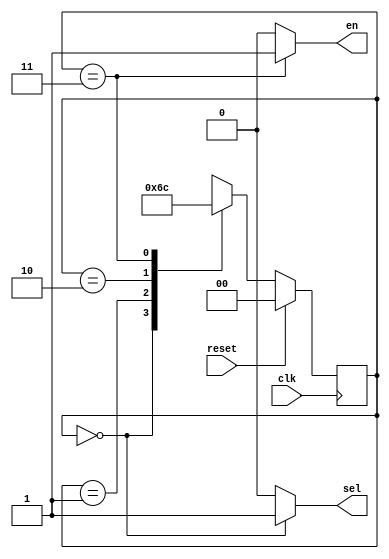
`timescale 1ns / 1ps
//////////////////////////////////////////////////////////////////////////////////
// Company: 
// Engineer: 
// 
// Design Name: 
// Module Name: Acc_CRT
// Project Name: 
// Target Devices: 
// Tool Versions: 
// Description: 
// 
// Dependencies: 
// 
// Revision:
// Revision 0.01 - File Created
// Additional Comments:
// 
//////////////////////////////////////////////////////////////////////////////////


module Acc_CRT(
input clk,
input reset,
output sel,
output en
    );
    
    reg [1:0]curr_state, nxt_state;
    parameter s0= 2'b00;
    parameter s1= 2'b01;
    parameter s2= 2'b10;
    parameter s3= 2'b11;
    
    always@(posedge clk) //updating current state
    begin
    if(reset)
    curr_state=s0;
    else
    curr_state=nxt_state;
    end
    
    always@(curr_state) //state transition
    begin
    case(curr_state)
    s0:nxt_state=s1;
    s1:nxt_state=s2;
    s2:nxt_state=s3;
    s3:nxt_state=s0;
    endcase 
    end
    
    assign sel=(curr_state==s0)?1'b1:1'b0;
    assign en=(curr_state==s3)?1'b1:1'b0;
    
endmodule